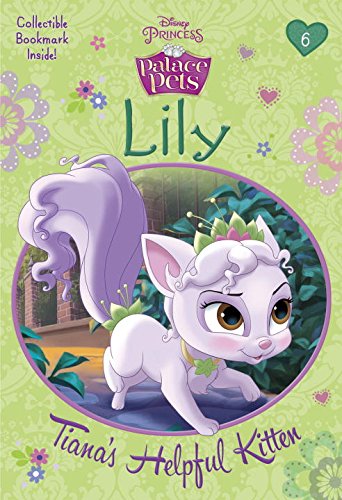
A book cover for Lily: Tiana's Helpful Kitten (Disney Princess: Palace Pets) (A Stepping Stone Book(TM)); Tennant Redbank; Children's Books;